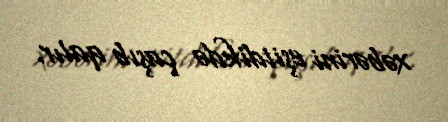
xəbərini eşitdikdə çaşıb qalır.